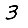
Digit: 3